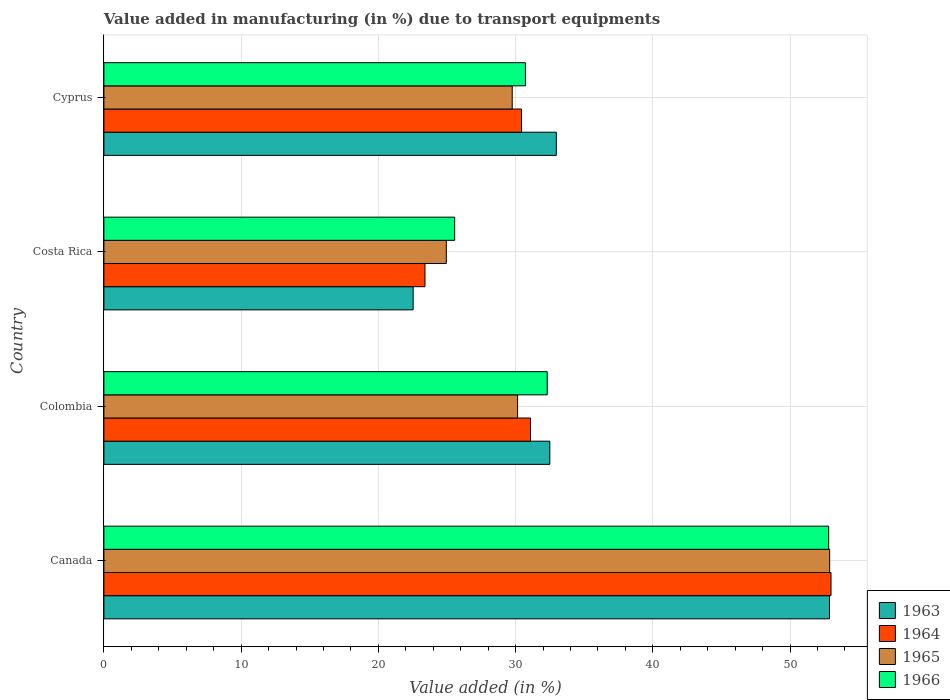
| Country | 1963 | 1964 | 1965 | 1966 |
 | --- | --- | --- | --- | --- |
 | Canada | 52.9 | 53 | 52.9 | 52.8 |
 | Colombia | 32.5 | 31.1 | 30.1 | 32.3 |
 | Costa Rica | 22.5 | 23.4 | 25 | 25.6 |
 | Cyprus | 33 | 30.4 | 29.8 | 30.7 |